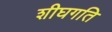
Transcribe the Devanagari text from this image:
शीघगति